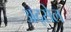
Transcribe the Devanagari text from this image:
अद्सेल